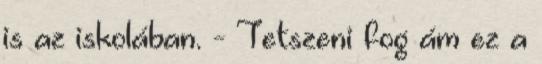
is az iskolában. - Tetszeni fog ám ez a